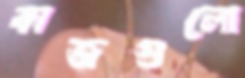
কাজগুলো